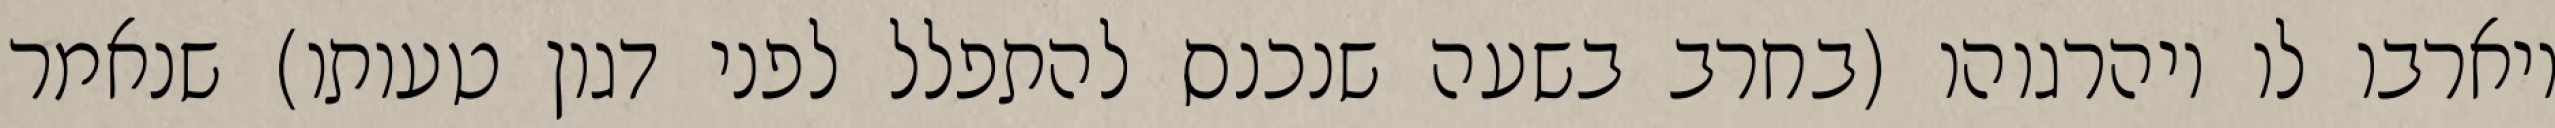
ויארבו לו ויהרגוהו (בחרב בשעה שנכנס להתפלל לפני דגון טעותו) שנאמר